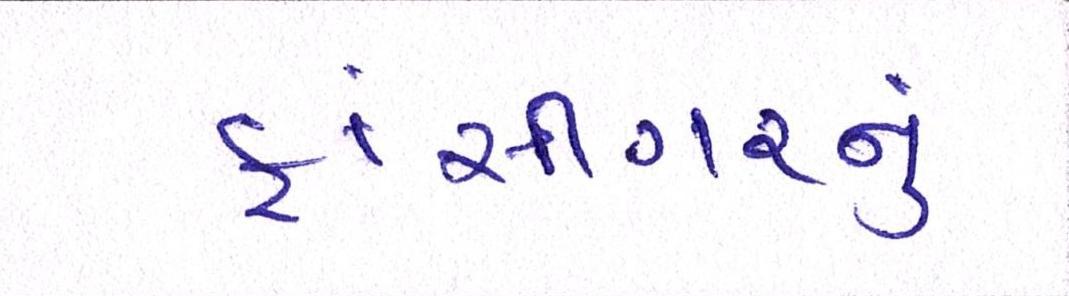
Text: ફાંસીગરનું